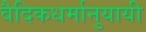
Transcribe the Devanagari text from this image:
वैदिकधर्मानुयायी